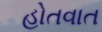
હોતવાત